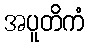
အပူတိကံ